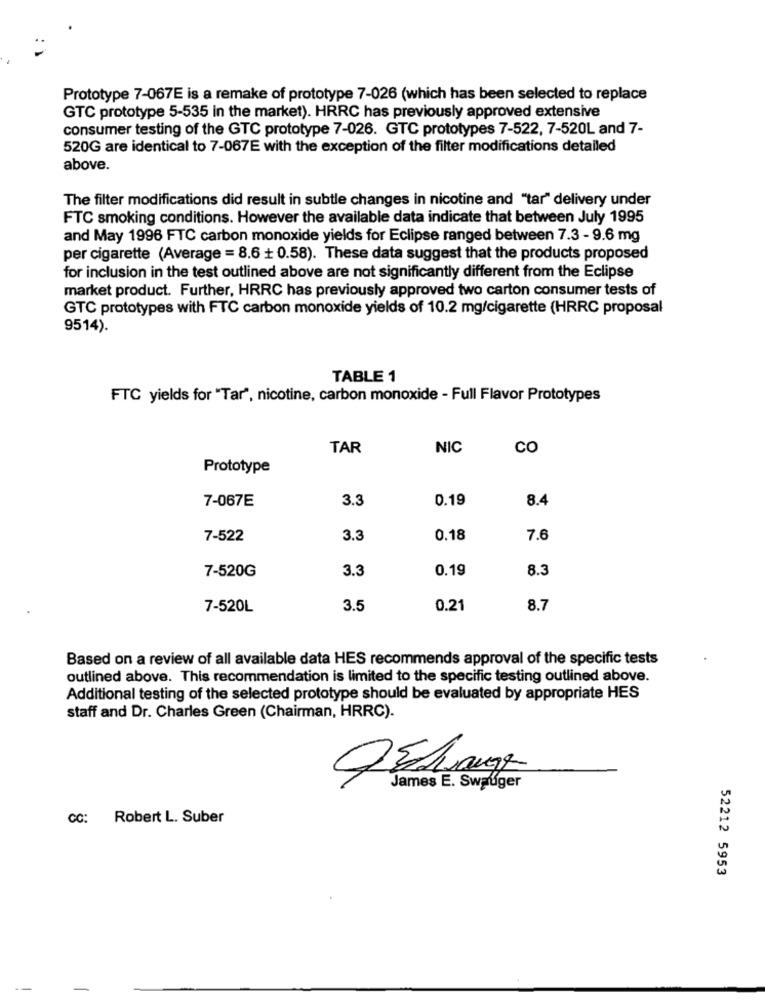
Prototype 7-067E is a remake of prototype 7-026 (which has been selected to replace
GTC prototype 5-535 in the market). HRRC has previously approved extensive
consumer testing of the GTC prototype 7-026. GTC prototypes 7-522, 7-520L and 7-
520G are identical to 7-067E with the exception of the filter modifications detailed
above.
The filter modifications did result in subtle changes in nicotine and "tar" delivery under
FTC smoking conditions. However the available data indicate that between July 1995
and May 1996 FTC carbon monoxide yields for Eclipse ranged between 7.3 - 9.6 mg
per cigarette (Average = 8.6 + 0.58). These data suggest that the products proposed
for inclusion in the test outlined above are not significantly different from the Eclipse
market product. Further, HRRC has previously approved two carton consumer tests of
GTC prototypes with FTC carbon monoxide yields of 10.2 mg/cigarette (HRRC proposal
9514).
TABLE 1
FTC yields for "Tar", nicotine, carbon monoxide - Full Flavor Prototypes
TAR
NIC
CO
Prototype
7-067E
3.3
0.19
8.4
7-522
3.
0.18
7.6
7-520G
3.3
0.19
8.3
7-520L
3.5
0.21
8.7
Based on a review of all available data HES recommends approval of the specific tests
outlined above. This recommendation is limited to the specific testing outlined above.
Additional testing of the selected prototype should be evaluated by appropriate HES
staff and Dr. Charles Green (Chairman, HRRC).
James E. Swauger
CC:
Robert L. Suber
52212 5953